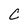
Character: C